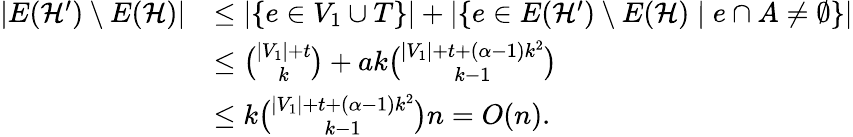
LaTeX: \begin{array}{rl}{|E(\mathcal{H}^{\prime})\setminus E(\mathcal{H})|}&{\leq|\{ e\in V_{1}\cup T\} |+|\{ e\in E(\mathcal{H}^{\prime})\setminus E(\mathcal{H})\mid e\cap A\neq\emptyset\} |}\\ &{\leq\binom{|V_{1}|+t}{k}+ak\binom{|V_{1}|+t+(\alpha-1)k^{2}}{k-1}}\\ &{\leq k\binom{|V_{1}|+t+(\alpha-1)k^{2}}{k-1}n=O(n).}\end{array}